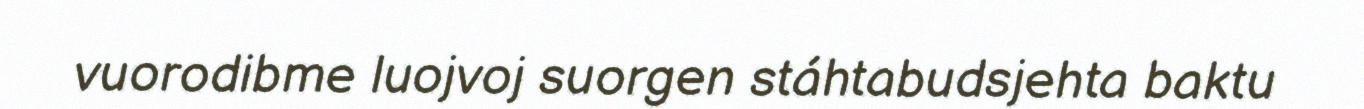
vuorodibme luojvoj suorgen stáhtabudsjehta baktu